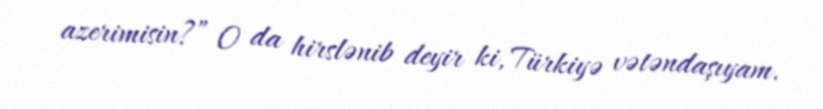
azerimisin?” O da hirslənib deyir ki, Türkiyə vətəndaşıyam.